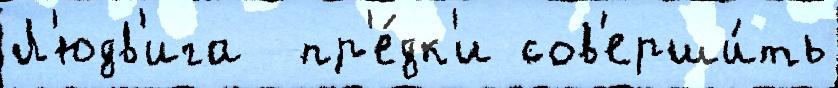
Л'юдв'ига  пр'е́дк'и сов'ерши́ть